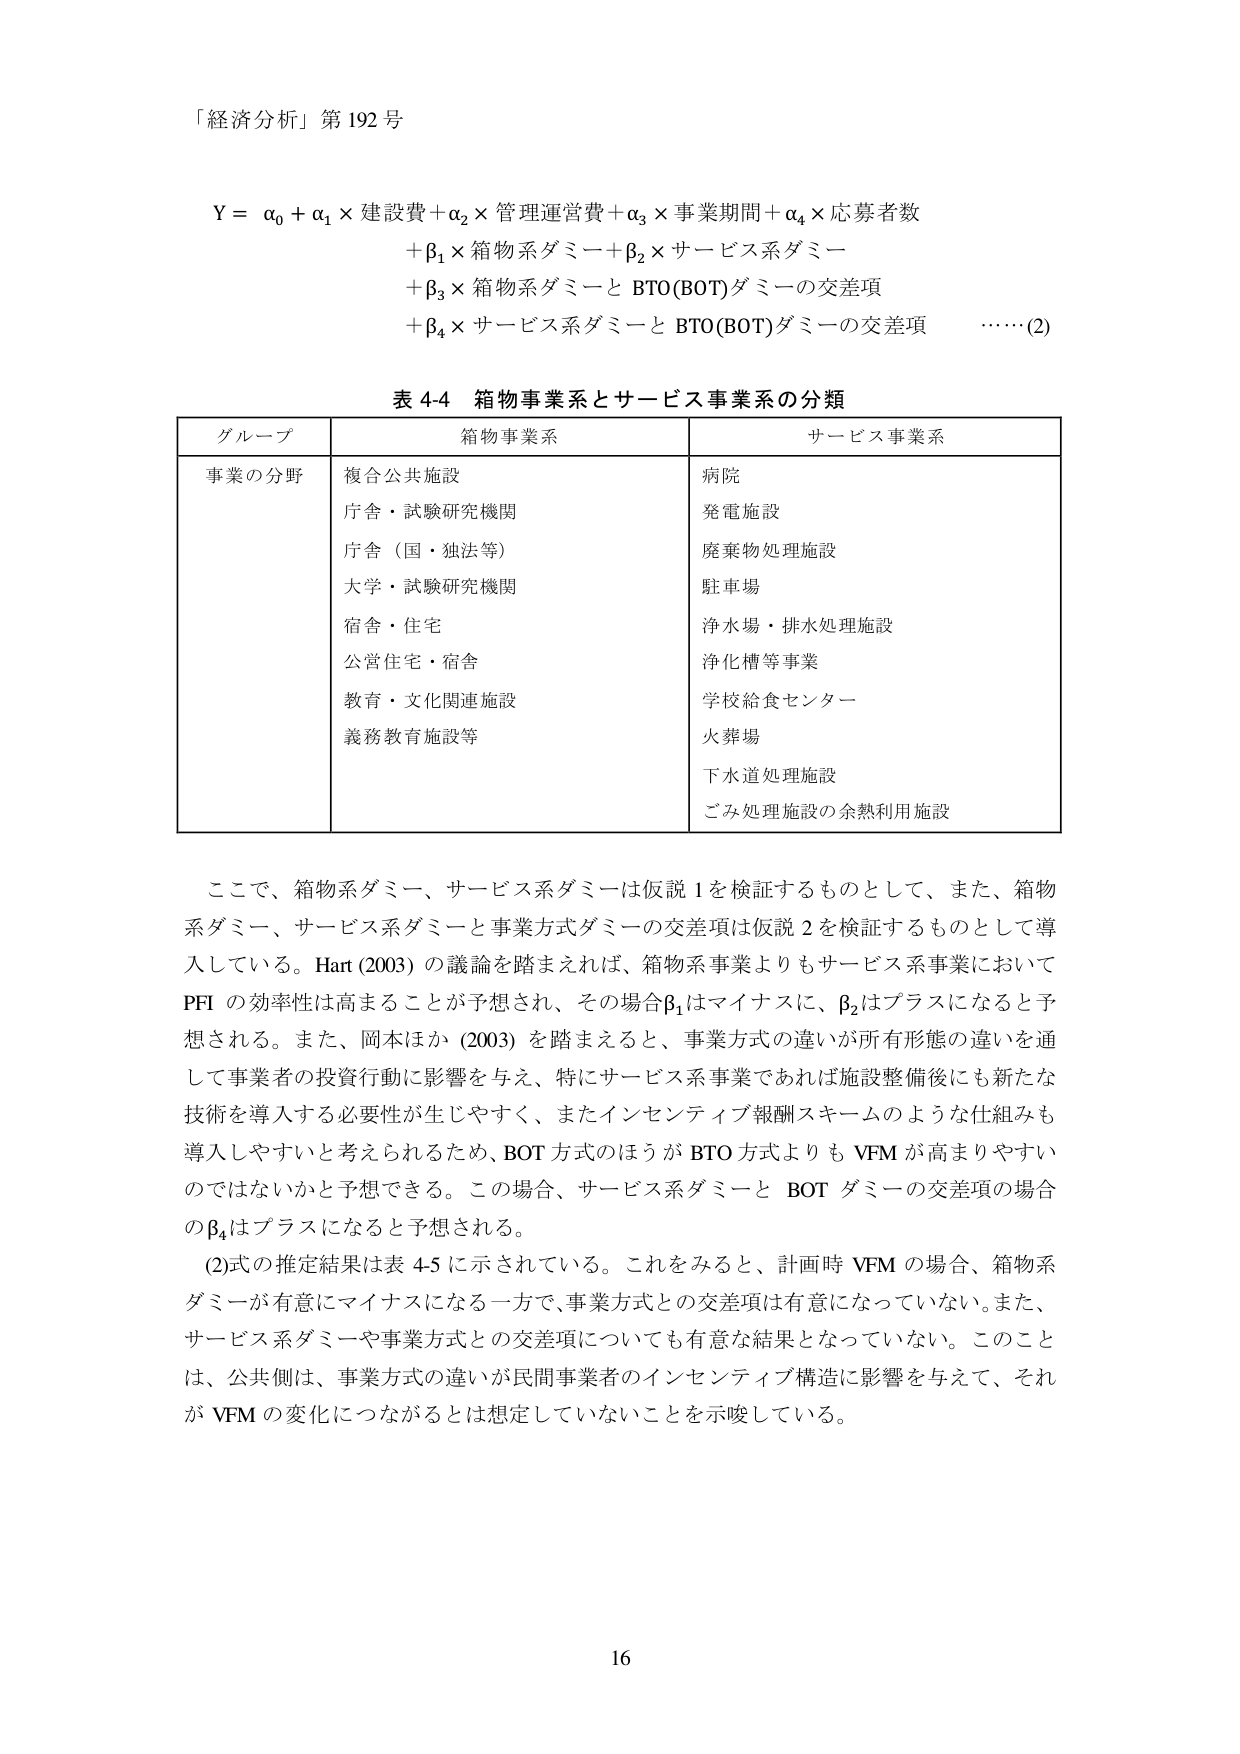
「経済分析」第192号

Y = α₀ + α₁ × 建設費 + α₂ × 管理運営費 + α₃ × 事業期間 + α₄ × 応募者数
+ β₁ × 箱物系ダミー + β₂ × サービス系ダミー
+ β₃ × 箱物系ダミーと BTO(BOT)ダミーの交差項
+ β₄ × サービス系ダミーと BTO(BOT)ダミーの交差項 ……(2)

表 4-4 箱物事業系とサービス事業系の分類

| グループ | 箱物事業系 | サービス事業系 |
|----------|------------|----------------|
| 事業の分野 | 複合公共施設<br>庁舎・試験研究機関<br>庁舎（国・独法等）<br>大学・試験研究機関<br>宿舎・住宅<br>公営住宅・宿舎<br>教育・文化関連施設<br>義務教育施設等 | 病院<br>発電施設<br>廃棄物処理施設<br>駐車場<br>浄水場・排水処理施設<br>浄化槽等事業<br>学校給食センター<br>火葬場<br>下水道処理施設<br>ごみ処理施設の余熱利用施設 |

ここで、箱物系ダミー、サービス系ダミーは仮説1を検証するものとして、また、箱物系ダミー、サービス系ダミーと事業方式ダミーの交差項は仮説2を検証するものとして導入している。Hart (2003) の議論を踏まえれば、箱物系事業よりもサービス系事業においてPFIの効率性は高まることが予想され、その場合β₁はマイナスに、β₂はプラスになると予想される。また、岡本ほか (2003) を踏まえると、事業方式の違いが所有形態の違いを通して事業者の投資行動に影響を与え、特にサービス系事業であれば施設整備後にも新たな技術を導入する必要性が生じやすく、またインセンティブ報酬スキームのような仕組みも導入しやすいと考えられるため、BOT方式のほうがBTO方式よりもVFMが高まりやすいのではないかと予想できる。この場合、サービス系ダミーとBOTダミーの交差項の場合のβ₄はプラスになると予想される。

(2)式の推定結果は表4-5に示されている。これをみると、計画時VFMの場合、箱物系ダミーが有意にマイナスになる一方で、事業方式との交差項は有意になっていない。また、サービス系ダミーや事業方式との交差項についても有意な結果となっていない。このことは、公側は、事業方式の違いが民間事業者のインセンティブ構造に影響を与えて、それがVFMの変化につながるとは想定していないことを示唆している。

16